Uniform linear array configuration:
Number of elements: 48
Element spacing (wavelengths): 0.75
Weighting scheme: uniform
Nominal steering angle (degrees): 0
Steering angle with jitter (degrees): -0.5517
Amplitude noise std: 0.05
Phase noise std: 0.05

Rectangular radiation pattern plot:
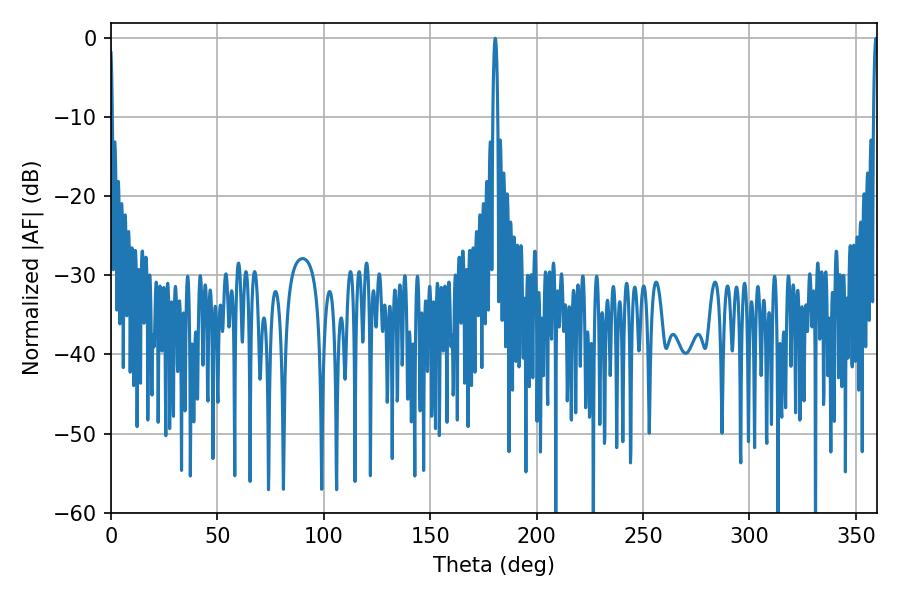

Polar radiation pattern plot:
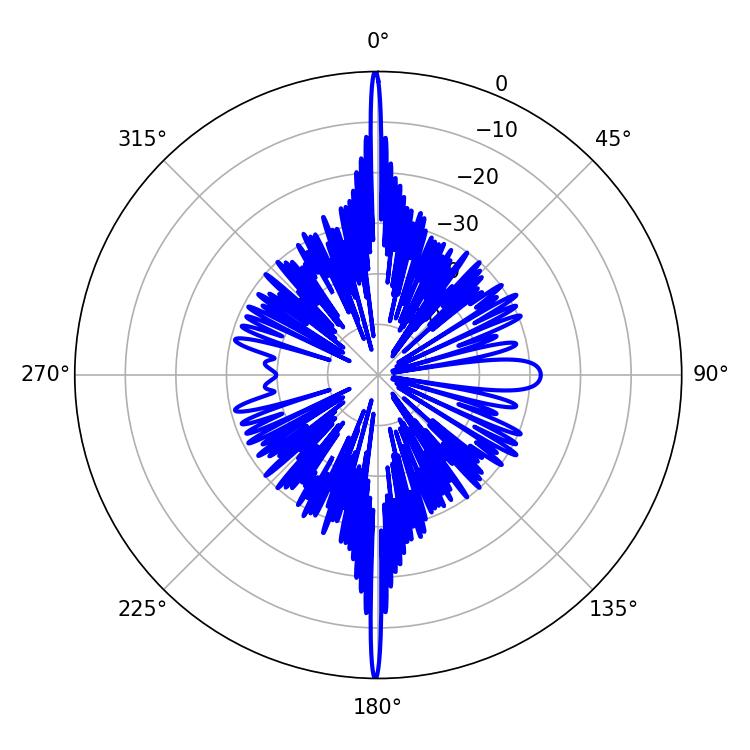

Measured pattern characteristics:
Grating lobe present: TRUE
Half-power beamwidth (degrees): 1.08
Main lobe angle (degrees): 180.54